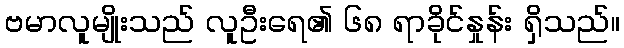
ဗမာလူမျိုးသည် လူဦးရေ၏ ၆၈ ရာခိုင်နှုန်း ရှိသည်။